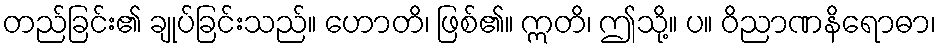
တည်ခြင်း၏ ချုပ်ခြင်းသည်။ ဟောတိ၊ ဖြစ်၏။ ဣတိ၊ ဤသို့။ ပ။ ဝိညာဏနိရောဓာ၊